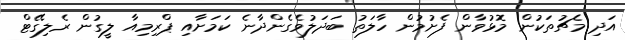
އަދި މެޗުތަކުން މޮޅުވާން ފެށުމުން ހާލަތު ބަދަލުވެގެންދާނެ ކަމަށާއި ޕްރިމިއާ ލީގުން ރެލިގޭޓް